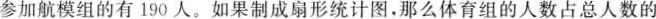
参加航模组的有190人。如果制成扇形统计图，那么体育组的人数占总人数的